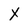
Character: X